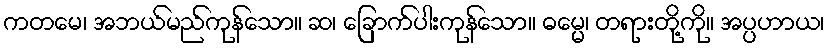
ကတမေ၊ အဘယ်မည်ကုန်သော။ ဆ၊ ခြောက်ပါးကုန်သော။ ဓမ္မေ၊ တရားတို့ကို။ အပ္ပဟာယ၊